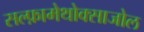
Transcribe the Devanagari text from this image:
सल्‍फ़ामेथोक्‍साजोल